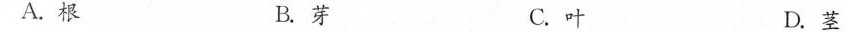
A.根 B.芽 C.叶 D.茎